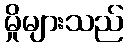
မှိုများသည်